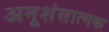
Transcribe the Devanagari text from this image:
अनूशंसात्मक